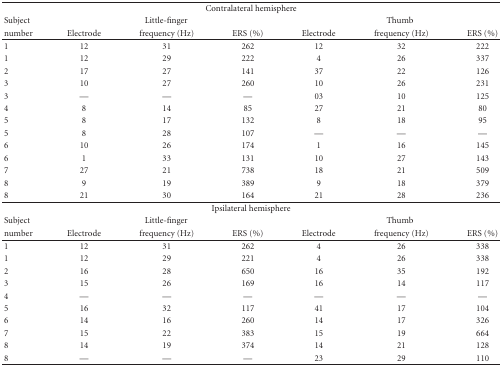
<table><thead><tr><td colspan="7"><b>Contralateral hemisphere</b></td></tr><tr><td><b>Subject</b></td><td colspan="3"><b>Little-finger</b></td><td colspan="3"><b>Thumb</b></td></tr><tr><td><b>number</b></td><td><b>Electrode</b></td><td><b>frequency (Hz)</b></td><td><b>ERS (%)</b></td><td><b>Electrode</b></td><td><b>frequency (Hz)</b></td><td><b>ERS (%)</b></td></tr></thead><tbody><tr><td>1</td><td>12</td><td>31</td><td>262</td><td>12</td><td>32</td><td>222</td></tr><tr><td>1</td><td>12</td><td>29</td><td>222</td><td>4</td><td>26</td><td>337</td></tr><tr><td>2</td><td>17</td><td>27</td><td>141</td><td>37</td><td>22</td><td>126</td></tr><tr><td>3</td><td>10</td><td>27</td><td>260</td><td>10</td><td>26</td><td>231</td></tr><tr><td>3</td><td>—</td><td>—</td><td>—</td><td>03</td><td>10</td><td>125</td></tr><tr><td>4</td><td>8</td><td>14</td><td>85</td><td>27</td><td>21</td><td>80</td></tr><tr><td>5</td><td>8</td><td>17</td><td>132</td><td>8</td><td>18</td><td>95</td></tr><tr><td>5</td><td>8</td><td>28</td><td>107</td><td>—</td><td>—</td><td>—</td></tr><tr><td>6</td><td>10</td><td>26</td><td>174</td><td>1</td><td>16</td><td>145</td></tr><tr><td>6</td><td>1</td><td>33</td><td>131</td><td>10</td><td>27</td><td>143</td></tr><tr><td>7</td><td>27</td><td>21</td><td>738</td><td>18</td><td>21</td><td>509</td></tr><tr><td>8</td><td>9</td><td>19</td><td>389</td><td>9</td><td>18</td><td>379</td></tr><tr><td>8</td><td>21</td><td>30</td><td>164</td><td>21</td><td>28</td><td>236</td></tr><tr><td colspan="7">Ipsilateral hemisphere</td></tr><tr><td>Subject</td><td colspan="3">Little-finger</td><td colspan="3">Thumb</td></tr><tr><td>number</td><td>Electrode</td><td>frequency (Hz)</td><td>ERS (%)</td><td>Electrode</td><td>frequency (Hz)</td><td>ERS (%)</td></tr><tr><td>1</td><td>12</td><td>31</td><td>262</td><td>4</td><td>26</td><td>338</td></tr><tr><td>1</td><td>12</td><td>29</td><td>221</td><td>4</td><td>26</td><td>338</td></tr><tr><td>2</td><td>16</td><td>28</td><td>650</td><td>16</td><td>35</td><td>192</td></tr><tr><td>3</td><td>15</td><td>26</td><td>169</td><td>16</td><td>14</td><td>117</td></tr><tr><td>4</td><td>—</td><td>—</td><td>—</td><td>—</td><td>—</td><td>—</td></tr><tr><td>5</td><td>16</td><td>32</td><td>117</td><td>41</td><td>17</td><td>104</td></tr><tr><td>6</td><td>14</td><td>16</td><td>260</td><td>14</td><td>17</td><td>326</td></tr><tr><td>7</td><td>15</td><td>22</td><td>383</td><td>15</td><td>19</td><td>664</td></tr><tr><td>8</td><td>14</td><td>19</td><td>374</td><td>14</td><td>21</td><td>128</td></tr><tr><td>8</td><td>—</td><td>—</td><td>—</td><td>23</td><td>29</td><td>110</td></tr></tbody></table>